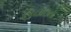
ઉચાઇના